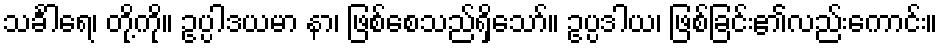
သင်္ခါရေ၊ တို့ကို။ ဥပ္ပါဒယမာ နာ၊ ဖြစ်စေသည်ရှိသော်။ ဥပ္ပဒါယ၊ ဖြစ်ခြင်း၏လည်းကောင်း။